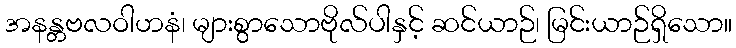
အနန္တဗလဝါဟနံ၊ များစွာသောဗိုလ်ပါနှင့် ဆင်ယာဉ်၊ မြင်းယာဉ်ရှိသော။